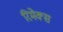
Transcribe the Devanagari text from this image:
रिमेक्स